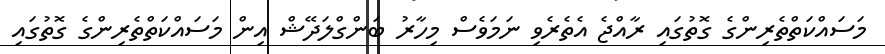
މަސައްކަތްތެރިންގެ ގޮތުގައި ރާއްޖެ އެތެރެވި ނަމަވެސް މިހާރު ބަންގްލަދޭޝް އިން މަސައްކަތްތެރިންގެ ގޮތުގައި